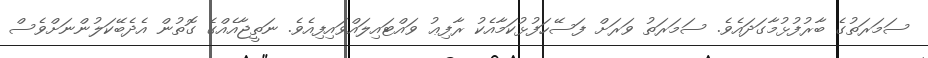
ސަމަރަތުގެ ބާރުފުޅުމާގަދައެވެ. ސަމަރަތު ވަރަށް ފަސޭހަފުޅުކަމާއެކު ރާފިޢު ވައްޓައިލައްވައިފިއެވެ. ނަތީޖާއެއްގެ ގޮތުން އެދެބޭކަލުންނަށްވެސް